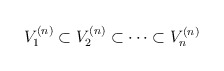
\begin{align*}V_1^{(n)}\subset V_2^{(n)}\subset\cdots\subset V_n^{(n)}\end{align*}